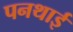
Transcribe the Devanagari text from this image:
पनथाई